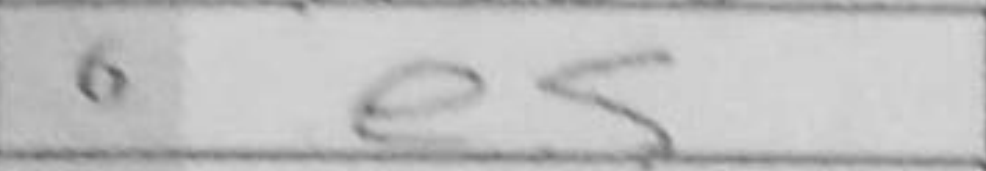
Transcription: e5